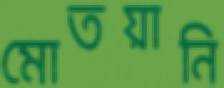
মোতয়ানি